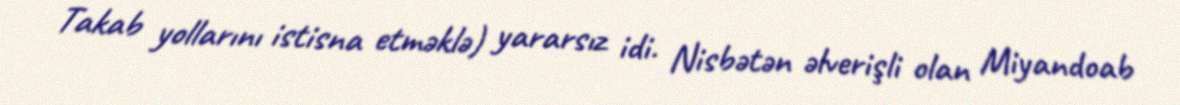
Takab yollarını istisna etməklə) yararsız idi. Nisbətən əlverişli olan Miyandoab